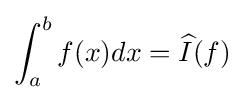
\int _{a}^{b}f(x)dx={\widehat {I}}(f)